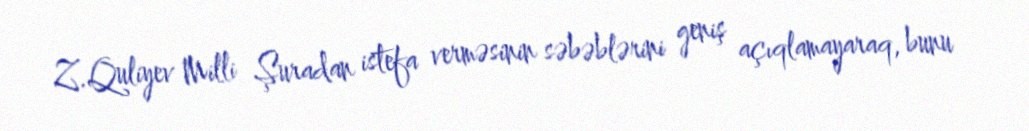
Z.Quliyev Milli Şuradan istefa verməsinin səbəblərini geniş açıqlamayaraq, bunu